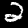
Digit: 2